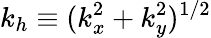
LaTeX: k_{h}\equiv(k_{x}^{2}+k_{y}^{2})^{1/2}